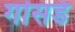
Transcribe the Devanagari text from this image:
गोसर्ड